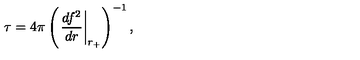
\tau = 4 \pi \left( \left. \frac { d f ^ { 2 } } { d r } \right| _ { r _ { + } } \right) ^ { - 1 } ,